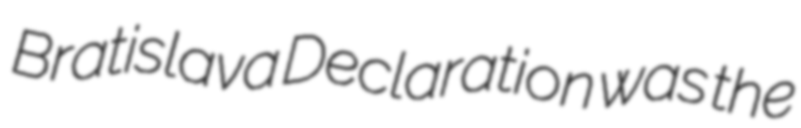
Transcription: Bratislava Declaration was the